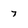
Character: 7